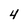
Character: 4